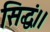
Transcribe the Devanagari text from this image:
सिद्धं।।